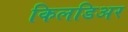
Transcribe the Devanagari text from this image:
किलडिअर